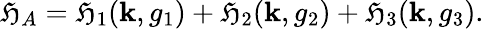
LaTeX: \mathfrak{H}_{A}=\mathfrak{H}_{1}({\mathbf{k}},g_{1})+\mathfrak{H}_{2}({\mathbf{k}},g_{2})+\mathfrak{H}_{3}({\mathbf{k}},g_{3}).